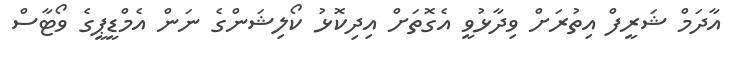
އާދަމް ޝަރީފް އިތުރަށް ވިދާޅުވީ އެގޮތަށް އިދިކޮޅު ކޯލިޝަންގެ ނަން އެމްޑީޕީގެ ވޯޓާސް